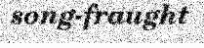
song-fraught